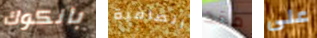
بانكوك الصافية ماقد على